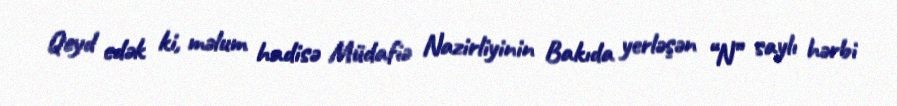
Qeyd edək ki, məlum hadisə Müdafiə Nazirliyinin Bakıda yerləşən “N” saylı hərbi